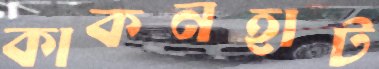
কাকনহাট